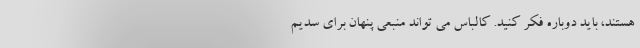
هستند، باید دوباره فکر کنید. کالباس می تواند منبعی پنهان برای سدیم